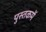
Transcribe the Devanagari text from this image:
पुस्‍तकमें